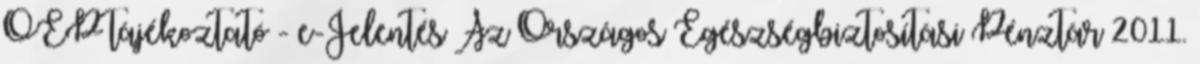
OEP tájékoztató - e-Jelentés Az Országos Egészségbiztosítási Pénztár 2011.